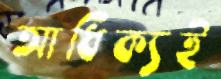
আধিক্যই